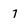
Character: 7